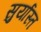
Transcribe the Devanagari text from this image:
सुर्यास्‍त